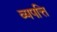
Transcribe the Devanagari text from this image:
व्यपत्ति